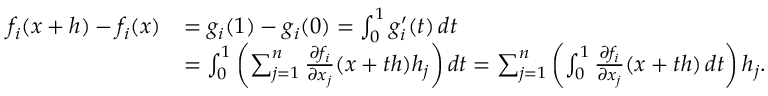
{ \begin{array} { r l } { f _ { i } ( x + h ) - f _ { i } ( x ) } & { = g _ { i } ( 1 ) - g _ { i } ( 0 ) = \int _ { 0 } ^ { 1 } g _ { i } ^ { \prime } ( t ) \, d t } \\ & { = \int _ { 0 } ^ { 1 } \left( \sum _ { j = 1 } ^ { n } { \frac { \partial f _ { i } } { \partial x _ { j } } } ( x + t h ) h _ { j } \right) d t = \sum _ { j = 1 } ^ { n } \left( \int _ { 0 } ^ { 1 } { \frac { \partial f _ { i } } { \partial x _ { j } } } ( x + t h ) \, d t \right) h _ { j } . } \end{array} }